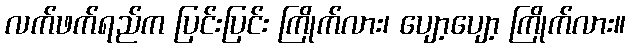
လက်ဖက်ရည်က ပြင်းပြင်း ကြိုက်လား၊ ပျော့ပျော့ ကြိုက်လား။